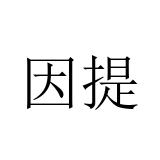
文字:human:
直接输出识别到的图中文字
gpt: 因提